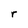
Character: r